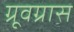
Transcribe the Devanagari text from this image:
ग्रूवग्रास